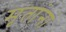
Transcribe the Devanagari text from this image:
मृतांनां